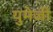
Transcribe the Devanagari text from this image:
युमेजी